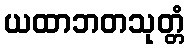
ယထာဘတသုတ္တံ